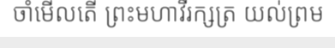
ចាំមើលតើ ព្រះមហាវីរក្សត្រ យល់ព្រម